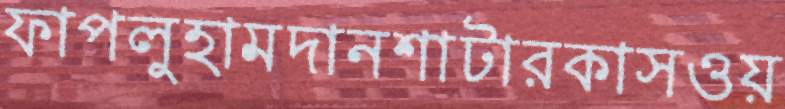
ফাপলুহামদানশাটারকাসওয়